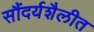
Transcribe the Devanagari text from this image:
सौंदर्यशैलीत